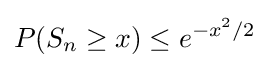
P(S_{n}\geq x)\leq e^{-x^{2}/2}